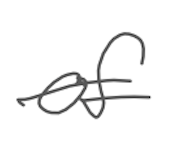
Text: of
Cross-out: single-line
Writing tool: digital_gray